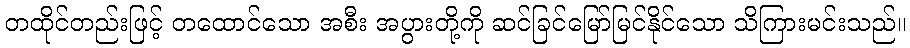
တထိုင်တည်းဖြင့် တထောင်သော အစီး အပွားတို့ကို ဆင်ခြင်မြော်မြင်နိုင်သော သိကြားမင်းသည်။